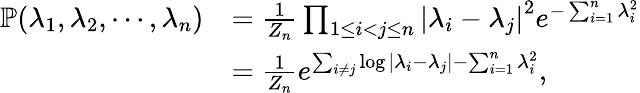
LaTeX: \begin{array}{rl}{\mathbb{P}(\lambda_{1},\lambda_{2},\cdots,\lambda_{n})}&{=\frac{1}{Z_{n}}\prod_{1\leq i<j\leq n}{\vert\lambda_{i}-\lambda_{j}\vert}^{2}e^{-\sum_{i=1}^{n}\lambda_{i}^{2}}}\\ &{=\frac{1}{Z_{n}}e^{\sum_{i\neq j}\log\vert\lambda_{i}-\lambda_{j}\vert-\sum_{i=1}^{n}\lambda_{i}^{2}},}\end{array}